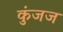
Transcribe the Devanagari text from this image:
कुंजज